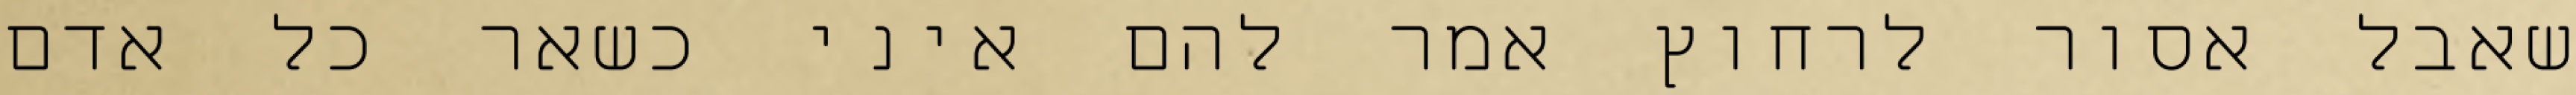
שאבל אסור לרחוץ אמר להם איני כשאר כל אדם